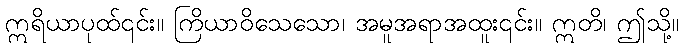
ဣရိယာပုထ်၎င်း။ ကြိယာဝိသေသော၊ အမူအရာအထူး၎င်း။ ဣတိ၊ ဤသို့။